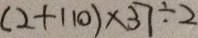
( 2 + 1 1 0 ) \times 3 7 \div 2